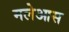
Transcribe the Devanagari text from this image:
मलेआस